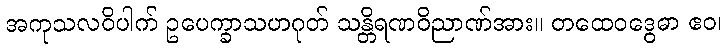
အကုသလဝိပါက် ဥပေက္ခာသဟဂုတ် သန္တိရဏဝိညာဏ်အား။ တထေဝဒွေဓာ ဧဝ၊